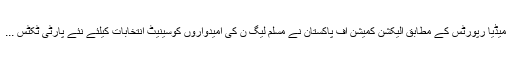
میڈیا رپورٹس کے مطابق الیکشن کمیشن آف پاکستان نے مسلم لیگ ن کی امیدواروں کوسینیٹ انتخابات کیلئے نئے پارٹی ٹکٹس ...